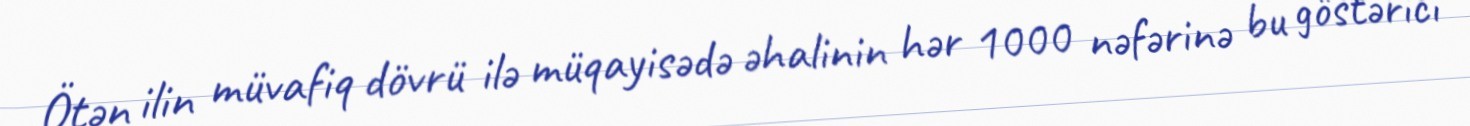
Ötən ilin müvafiq dövrü ilə müqayisədə əhalinin hər 1000 nəfərinə bu göstərici